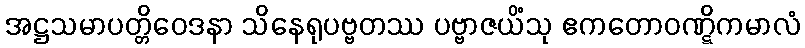
အဋ္ဌသမာပတ္တိဝေဒနာ သိနေရုပဗ္ဗတဿ ပဗ္ဗာဇယိံသု ဧကတောဝဏ္ဋိကမာလံ